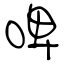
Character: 啤